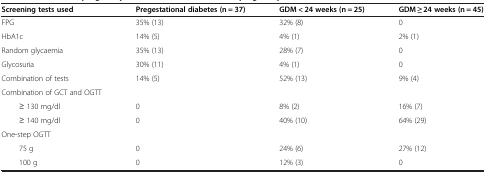
<table><thead><tr><td><b>Screening tests used</b></td><td><b>Pregestational diabetes (n = 37)</b></td><td><b>GDM &lt; 24 weeks (n = 25)</b></td><td><b>GDM ≥ 24 weeks (n = 45)</b></td></tr></thead><tbody><tr><td>FPG</td><td>35% (13)</td><td>32% (8)</td><td>0</td></tr><tr><td>HbA1c</td><td>14% (5)</td><td>4% (1)</td><td>2% (1)</td></tr><tr><td>Random glycaemia</td><td>35% (13)</td><td>28% (7)</td><td>0</td></tr><tr><td>Glycosuria</td><td>30% (11)</td><td>4% (1)</td><td>0</td></tr><tr><td>Combination of tests</td><td>14% (5)</td><td>52% (13)</td><td>9% (4)</td></tr><tr><td>Combination of GCT and OGTT</td><td> </td><td> </td><td> </td></tr><tr><td>≥ 130 mg/dl</td><td>0</td><td>8% (2)</td><td>16% (7)</td></tr><tr><td>≥ 140 mg/dl</td><td>0</td><td>40% (10)</td><td>64% (29)</td></tr><tr><td>One-step OGTT</td><td> </td><td> </td><td> </td></tr><tr><td>75 g</td><td>0</td><td>24% (6)</td><td>27% (12)</td></tr><tr><td>100 g</td><td>0</td><td>12% (3)</td><td>0</td></tr></tbody></table>